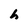
Character: h